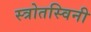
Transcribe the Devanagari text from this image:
स्त्रोतस्विनी